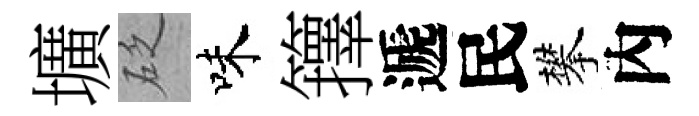
壙砭味籜遞民攀內